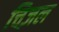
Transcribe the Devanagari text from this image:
चिज़ल